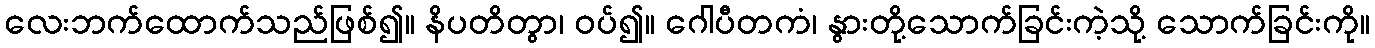
လေးဘက်ထောက်သည်ဖြစ်၍။ နိပတိတွာ၊ ဝပ်၍။ ဂေါပီတကံ၊ နွားတို့သောက်ခြင်းကဲ့သို့ သောက်ခြင်းကို။